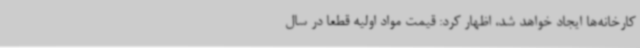
کارخانه‌ها ایجاد خواهد شد، اظهار کرد: قیمت مواد اولیه قطعا در سال